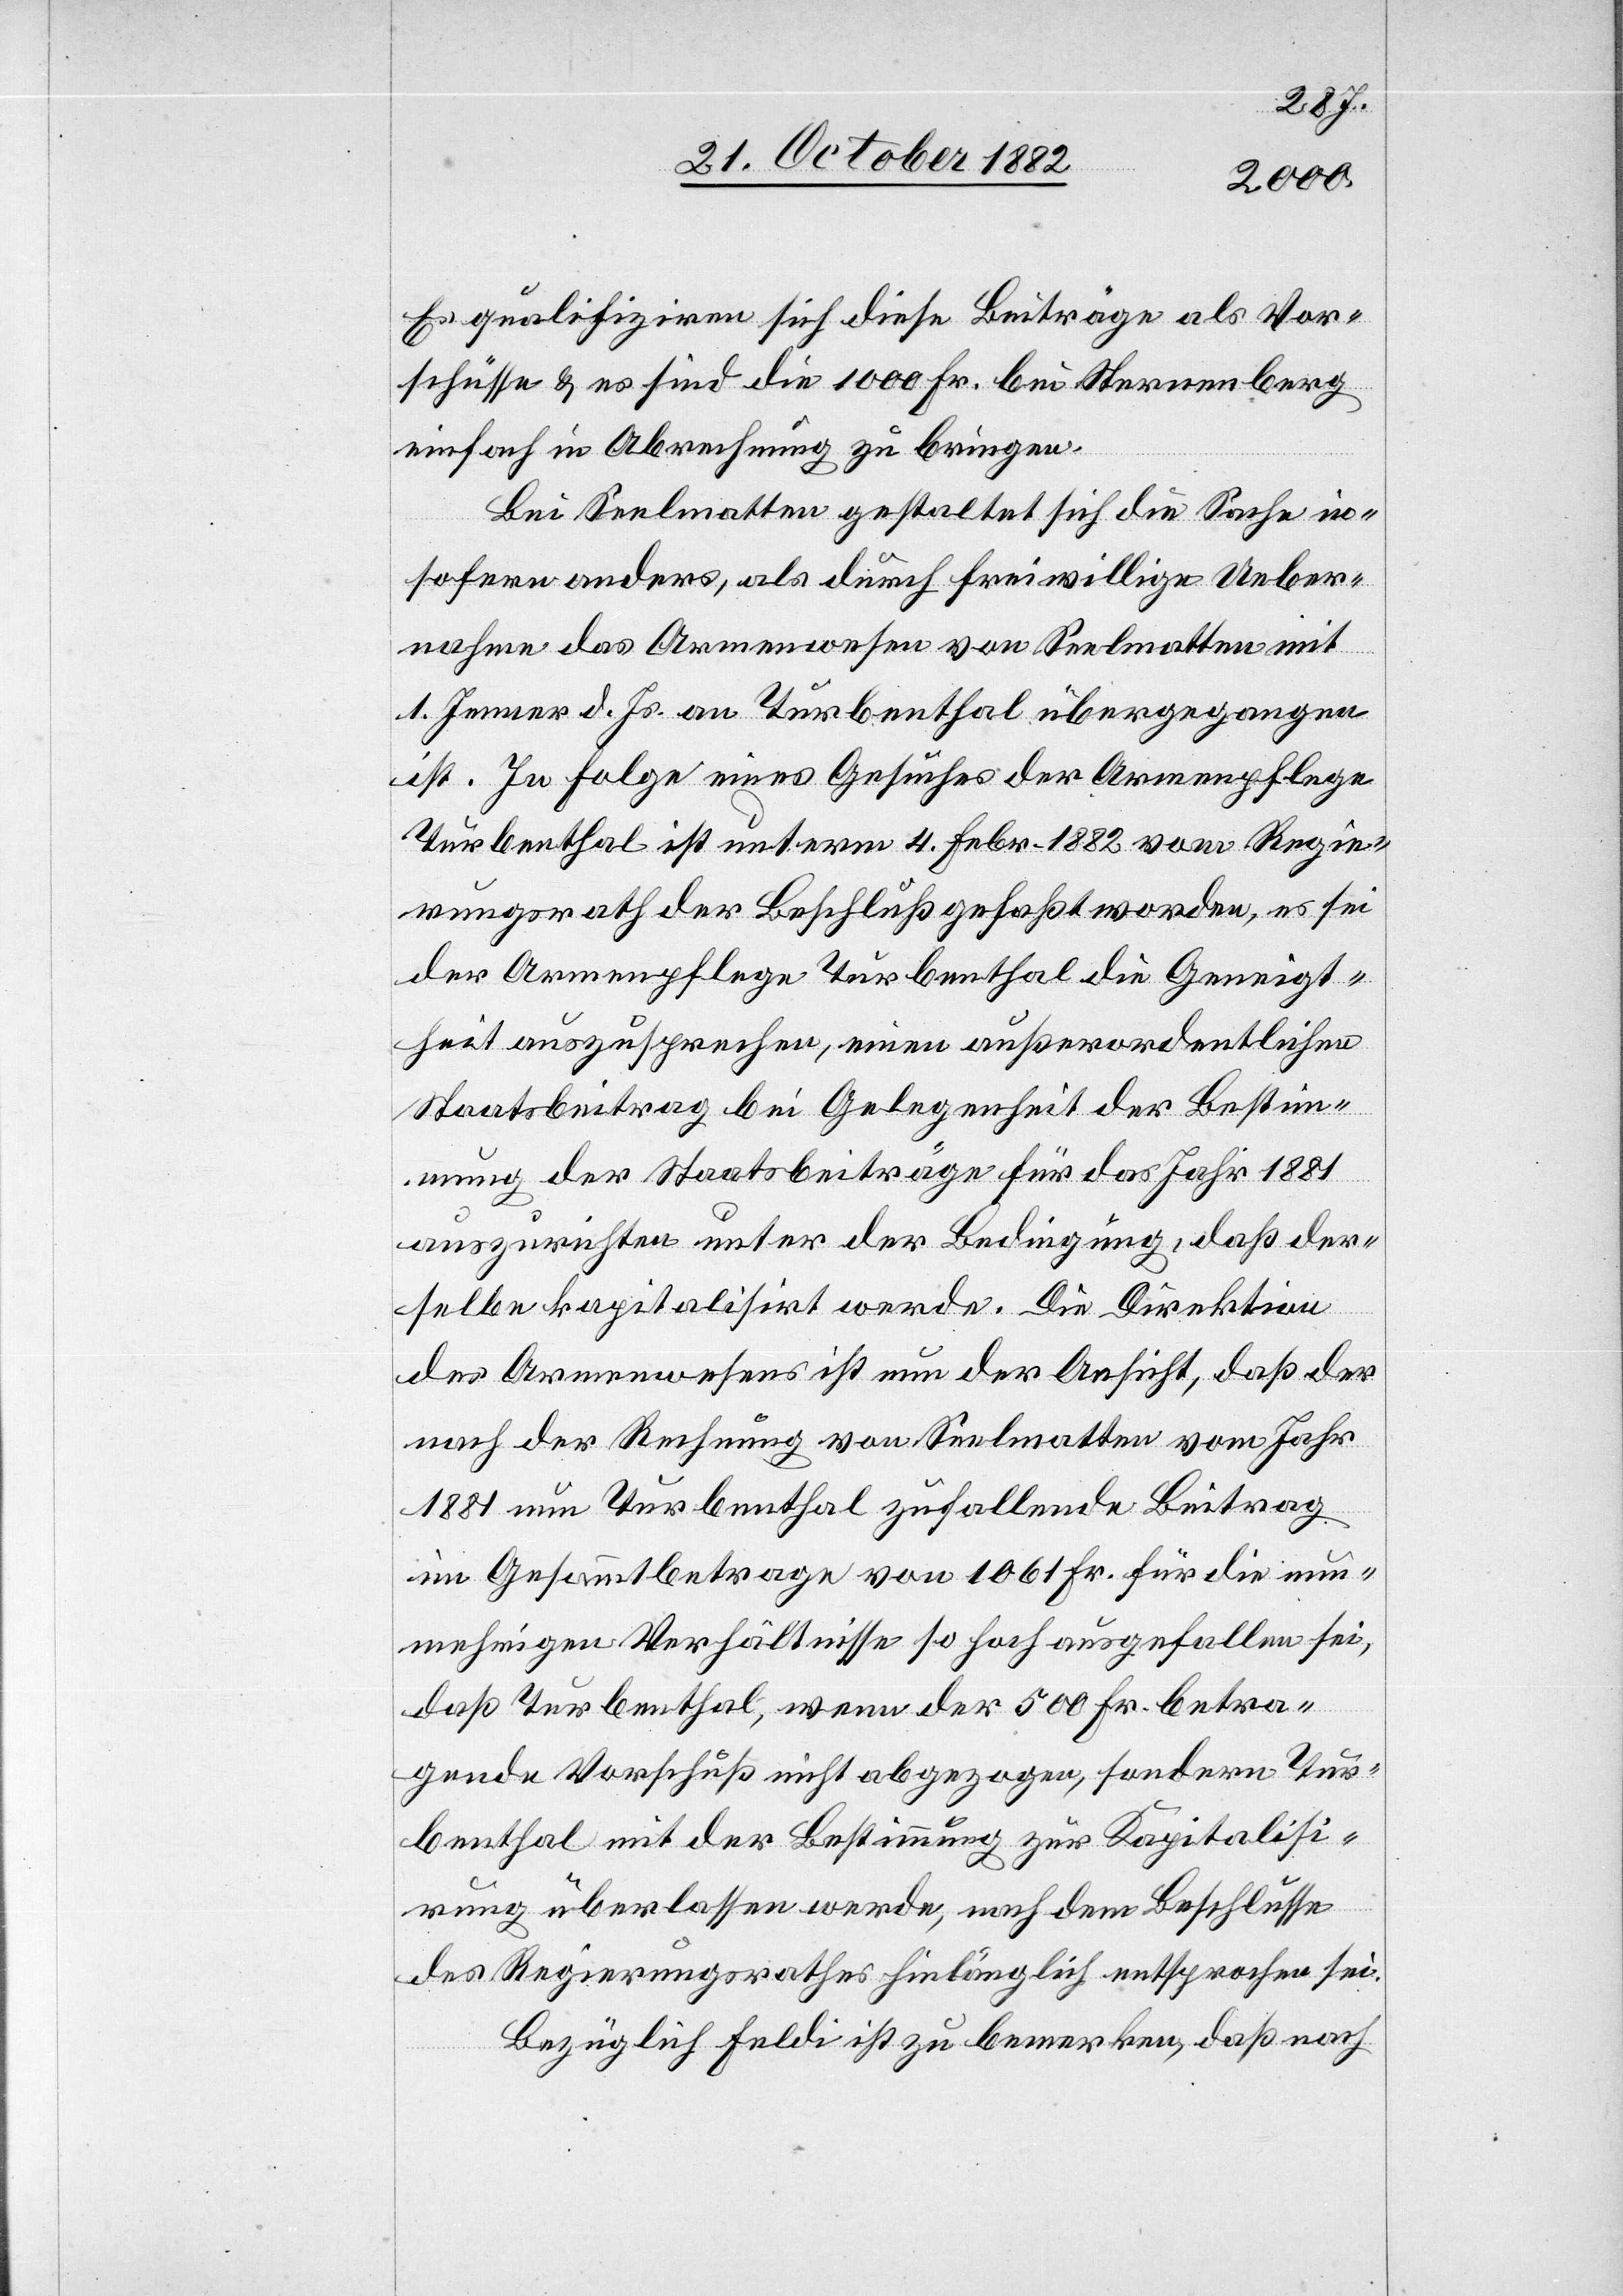
Es qualifiziren sich diese Beiträge als Vor¬
schüsse & sind die 1000 Fr. bei Sternenberg
einfach in Abrechnung zu bringen.
Bei Seelmatten gestaltet sich die Sache in¬
sofern anders, als durch freiwillige Ueber¬
nahme das Armenwesen von Seelmatten mit
1. Jenner d. Js. an Turbenthal übergegangen
ist. In Folge eines Gesuches der Armenpflege
Turbenthal ist unterm 4. Febr. 1882 vom Regie¬
rungsrath der Beschluß gefaßt worden, es sei
der Armenpflege Turbenthal die Geneigt¬
heit auszusprechen, einen außerordentlichen
Staatsbeitrag bei Gelegenheit der Bestimm¬
ung der Staatsbeiträge für das Jahr 1881
auszurichten unter der Bedingung, daß der¬
selbe kapitalisirt werde. Die Direktion
des Armenwesens ist nun der Ansicht, daß der
nach der Rechnung von Seelmatten vom Jahr
1881 nun Turbenthal zufallende Beitrag
im Gesammtbetrage von 1061 Fr. für die nun¬
mehrigen Verhältnisse so hoch ausgefallen sei,
daß Turbenthal, wenn der 500 Fr. betra¬
gende Vorschuß nicht abgezogen, sondern Tur¬
benthal mit der Bestimmung zur Kapitalisi¬
rung überlassen werde, nach dem Beschlusse
des Regierungsrathes hinlänglich entsprochen sei.
Bezüglich Feldi ist zu bemerken, daß nach